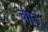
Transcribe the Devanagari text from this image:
चमडे़